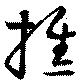
樵